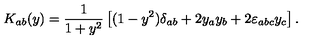
K _ { a b } ( y ) = \frac 1 { 1 + y ^ { 2 } } \left[ ( 1 - y ^ { 2 } ) \delta _ { a b } + 2 y _ { a } y _ { b } + 2 \varepsilon _ { a b c } y _ { c } \right] .